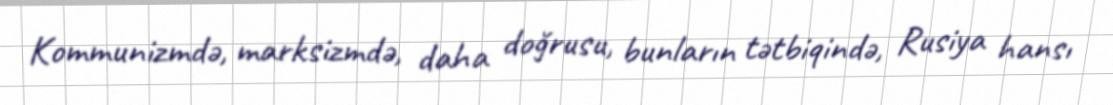
Kommunizmdə, marksizmdə, daha doğrusu, bunların tətbiqində, Rusiya hansı